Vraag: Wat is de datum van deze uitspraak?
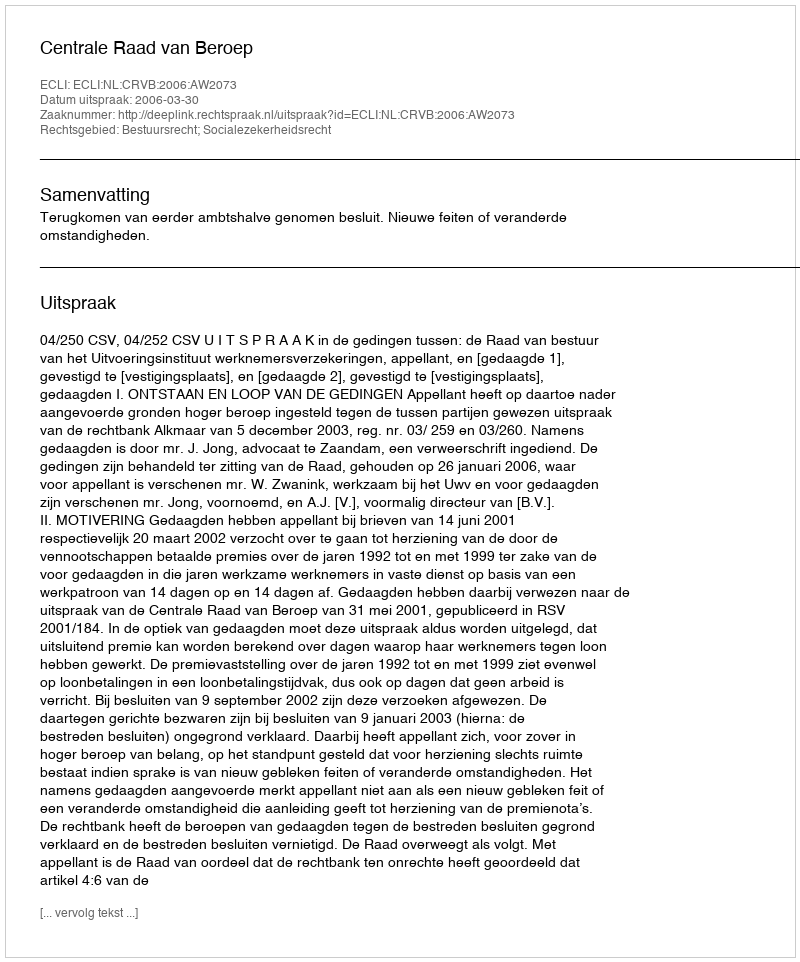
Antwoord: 2006-03-30